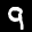
Label: 9